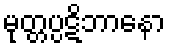
မုတ္တပ္ပဋိဘာနော